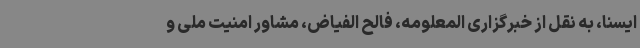
ایسنا، به نقل از خبرگزاری المعلومه، فالح الفیاض، مشاور امنیت ملی و